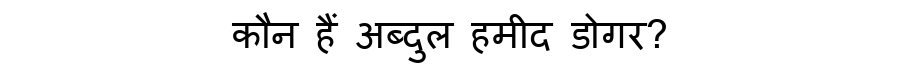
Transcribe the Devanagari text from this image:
कौन हैं अब्दुल हमीद डोगर?